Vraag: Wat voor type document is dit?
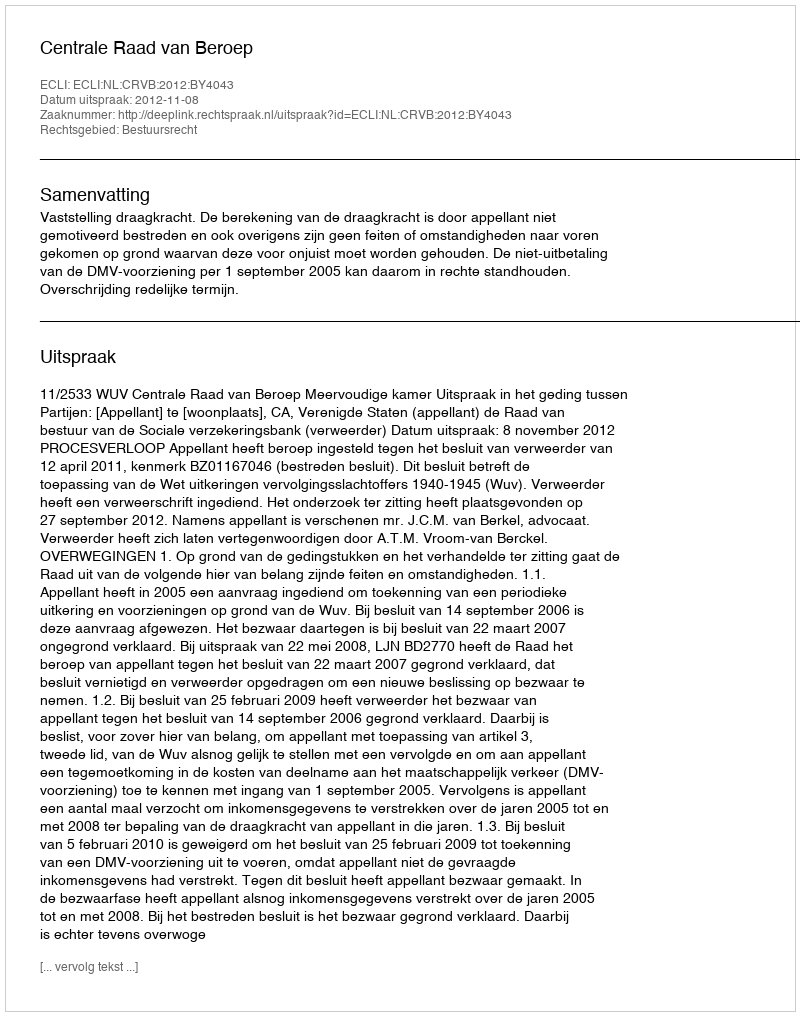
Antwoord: Uitspraak